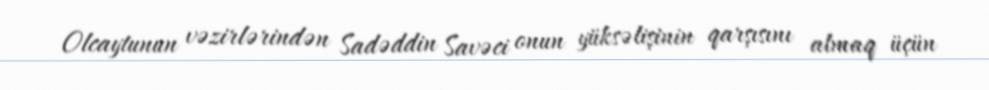
Olcaytunun vəzirlərindən Sadəddin Savəci onun yüksəlişinin qarşısını almaq üçün